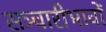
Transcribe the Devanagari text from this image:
सञ्चारीभावों